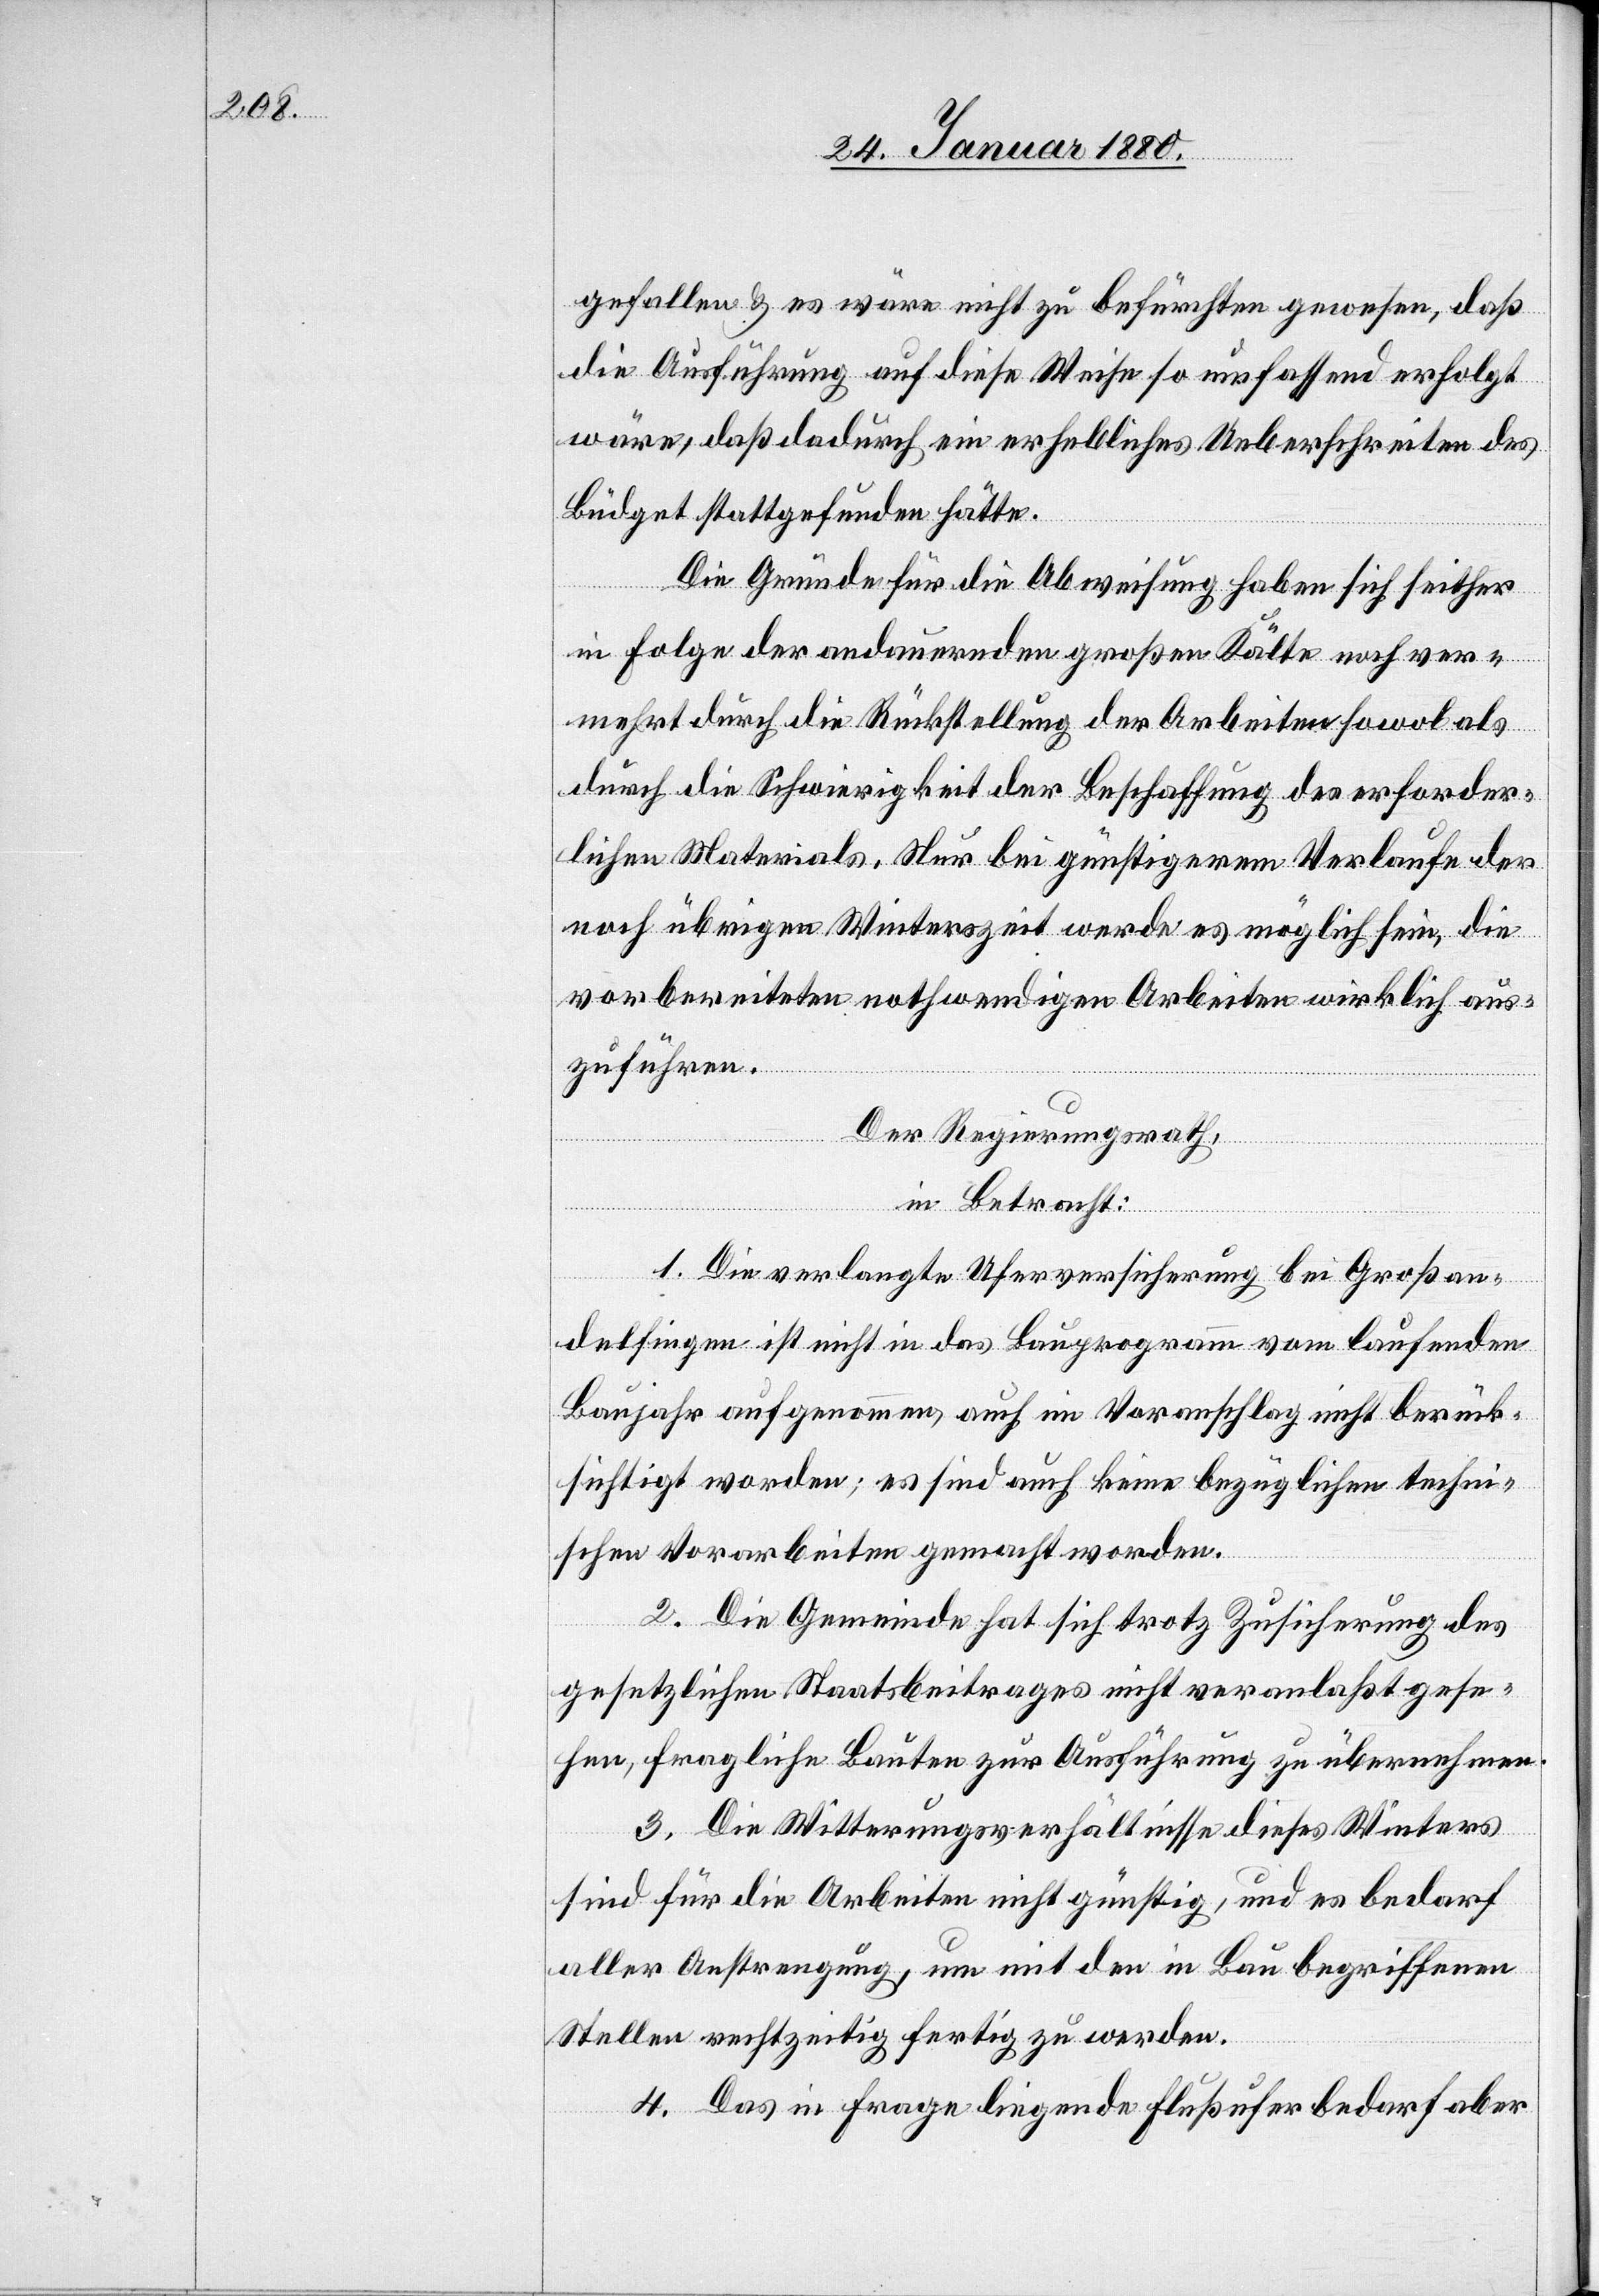
gefallen & es wäre nicht zu befürchten gewesen, daß
die Ausführung auf diese Weise so umfassend erfolgt
wäre, daß dadurch ein erhebliches Ueberschreiten des
Büdget stattgefunden hätte.
Die Gründe für die Abweisung haben sich seither
in Folge der andauernden großen Kälte noch ver¬
mehrt durch die Rückstellung der Arbeiten sowol als
durch die Schwierigkeit der Beschaffung des erforder¬
lichen Materials. Nur bei günstigerem Verlaufe der
noch übrigen Winterszeit werde es möglich sein, die
vorbereiteten nothwendigen Arbeiten wirklich aus¬
zuführen.
Der Regierungsrath,
in Betracht:
1. Die verlangte Uferversicherung bei Großan¬
delfingen ist nicht in das Bauprogramm vom laufenden
Baujahr aufgenommen, auch im Voranschlag nicht berück¬
sichtigt worden; es sind auch keine bezüglichen techni¬
schen Vorarbeiten gemacht worden.
2. Die Gemeinde hat sich trotz Zusicherung des
gesetzlichen Staatsbeitrages nicht veranlaßt gese¬
hen, fragliche Bauten zur Ausführung zu übernehmen.
3. Die Witterungsverhältnisse dieses Winters
sind für die Arbeiten nicht günstig, und es bedarf
aller Anstrengung, um mit den in Bau begriffenen
Stellen rechtzeitig fertig zu werden.
4. Das in Frage liegende Flußufer bedarf aber